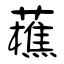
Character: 藮